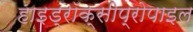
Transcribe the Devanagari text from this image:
हाइड्रॉक्सीप्रोपाइल